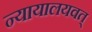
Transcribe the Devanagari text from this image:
न्यायालयवत्